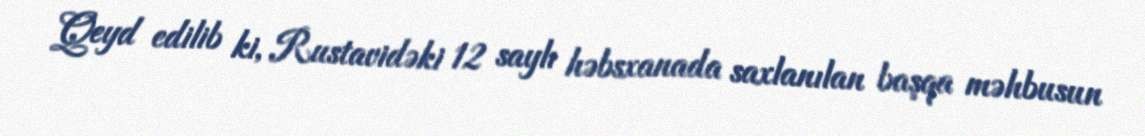
Qeyd edilib ki, Rustavidəki 12 saylı həbsxanada saxlanılan başqa məhbusun